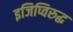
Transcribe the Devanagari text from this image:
इजिप्विरुद्ध